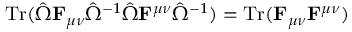
\operatorname { T r } ( { \hat { \Omega } } \mathbf { F } _ { \mu \nu } { \hat { \Omega } } ^ { - 1 } { \hat { \Omega } } \mathbf { F } ^ { \mu \nu } { \hat { \Omega } } ^ { - 1 } ) = \operatorname { T r } ( \mathbf { F } _ { \mu \nu } \mathbf { F } ^ { \mu \nu } )